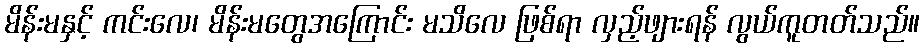
မိန်းမနှင့် ကင်းလေ၊ မိန်းမတွေအကြောင်း မသိလေ ဖြစ်ရာ လှည့်ဖျားရန် လွယ်ကူတတ်သည်။